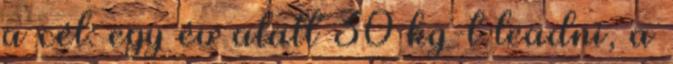
a cél: egy év alatt 30 kg-t leadni, a